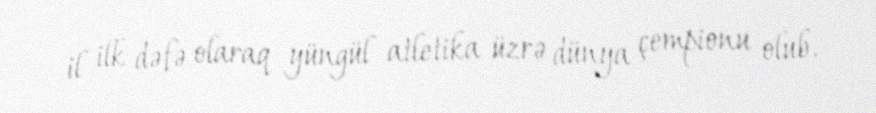
il ilk dəfə olaraq yüngül atletika üzrə dünya çempionu olub.